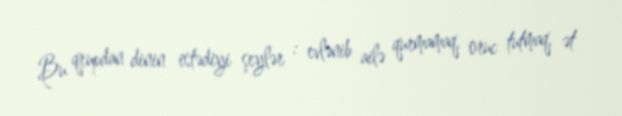
Bu qrupdan dinin istədiyi şeylər : evlənib ailə qurmamaq, oruc tutmaq, ət